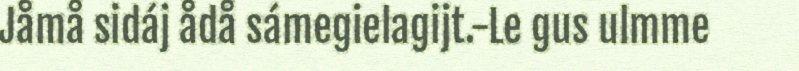
Jåmå sidáj ådå sámegielagijt.-Le gus ulmme